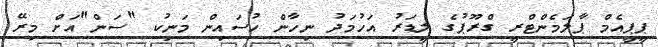
ޕީޕީއެމް ޕާލަމެންޓްރީ ގްރޫޕުގެ ލީޑަރު އަހުމަދު ނިހާން ހުސައިން މަނިކު "ސަން"އަށް މިރޭ